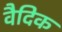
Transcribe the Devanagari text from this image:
वैदिक